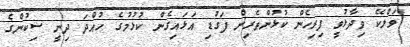
ވަލްކޭ ވިދާޅުވީ ފިރިހެން ކުޅުންތެރިން ފަގުޑި އަޅައިގެން ކުޅުމުގެ ހުއްދަ ދިނީ ސިކުންގެ